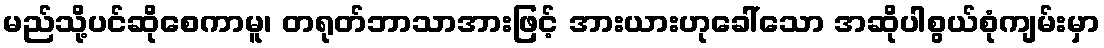
မည်သို့ပင်ဆိုစေကာမူ၊ တရုတ်ဘာသာအားဖြင့် အားယားဟုခေါ်သော အဆိုပါစွယ်စုံကျမ်းမှာ